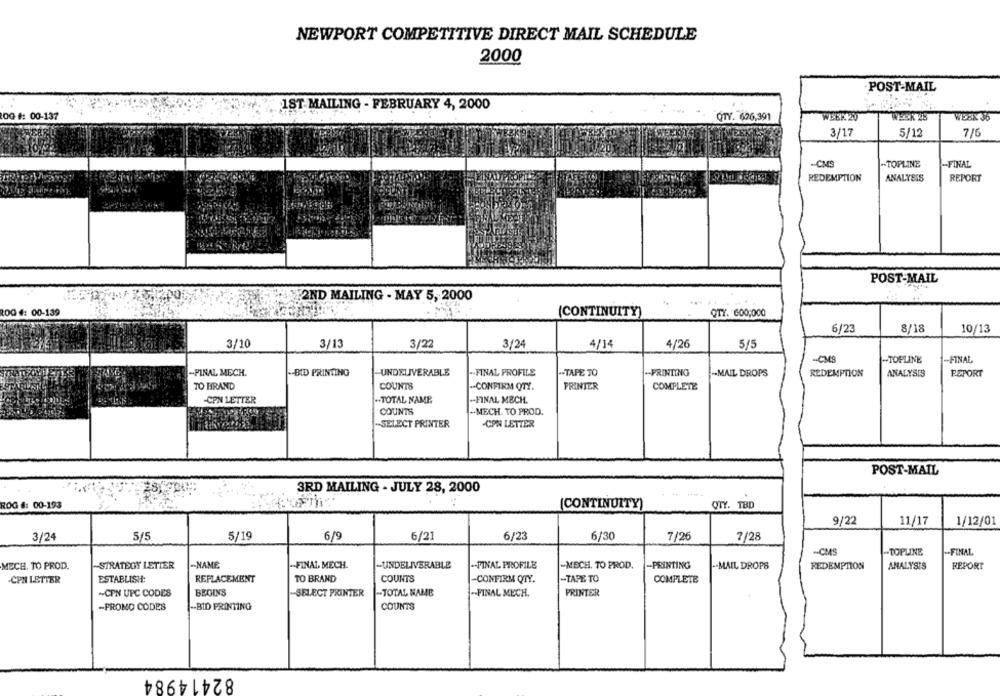
NEWPORT COMPETITIVE DIRECT MAIL SCHEDULE
2000
POST-MAIL
1ST. MAILING - FEBRUARY 4, 2000
OG #: 00-137
QTY. 626,391
WEER 20
WEBX 36
3/17
5/12
7/6
-CMS
-TOPLINE
-FINAL
REDEMPTION
ANALYSIS
REPORT
POST-MAIL
200
2ND MAILING - MAY 5, 2000
100 #: 00-139
(CONTINUITY)
QTY. 600,000
6/23
8/18
10/13
3/10
3/13
3/22
3/24
4/14
4/26
5/5
-CMS
-TOPLINE
-FINAL
-FINAL MECH.
-BID PRINTING
-UNDELIVERABLE
-- FINAL PROFILS
.- TAPE TO
.PRINTING
-- MAIL DROPS
REDEMPTION
ANALYSIS
REPORT
TO BRAND
COUNTS
-CONFIRM QTY.
PRINTER
COMPLETE
-CPN LETTER
+-TOTAL NAME
-FINAL MECH.
COUNTS
-MECH. TO PROD.
-SELECT PRINTER
-CPN LETTER
POST-MAIL
3RD MAILING - JULY 28, 2000
ROG #: 00-193
(CONTINUITY)
QTY. TBD
9/22
11/17
1/12/01
5/19
6/9
6/23
6/30
3/24
5/5
6/21
7/26
7/28
-- CMS
.TOPLINE
-- FINAL
-STRATEGY LETIER
-NAME
-FINAL, MECH.
-UNDELIVERABLE
.- FINAL PROFILE
-MECH. TO PROD.
-PRINTING
MECH, TO PROD.
-- MAIL DROPS
REDEMPTION
ANALYSIS
REPORT
ESTABLISH:
REPLACEMENT
TO BRAND
COUNTS
-TAPE TO
COMPLETE
-CPN LETTER
-CONFIRM QTY.
~CPN UPC CODES
BEGINS
-- SELECT PRINTER
-TOTAL NAME
PRINTER
-- FINAL MECH.
-PROMO CODES
-- BID PRINTING
COUNTS
82414984